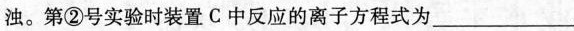
浊。第②号实验时装置C中反应的高子方程式为___